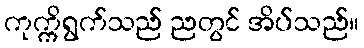
ကုက္ကိရွက်သည် ညတွင် အိပ်သည်။